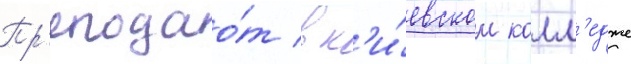
Пр'еподао́т в к'и́евском колл'едже